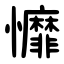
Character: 戂